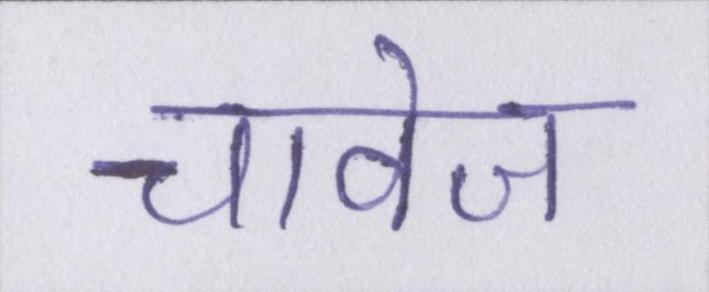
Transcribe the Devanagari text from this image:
चावेज